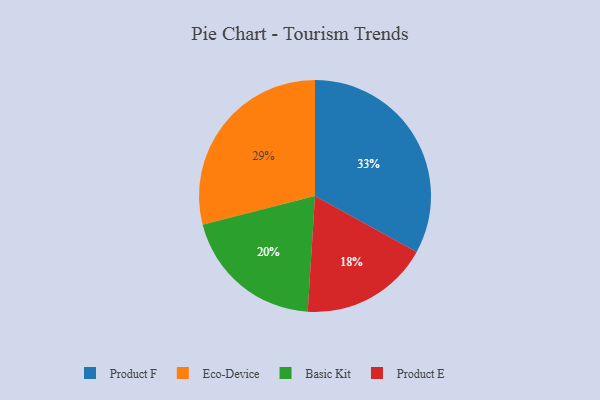
{"axis": {"x": "Category", "y": "Percentage"}, "legend": ["Basic Kit", "Eco-Device", "Product E", "Product F"], "data": [{"x": "Product F", "y": 33, "type": "Product F"}, {"x": "Product E", "y": 18, "type": "Product E"}, {"x": "Eco-Device", "y": 29, "type": "Eco-Device"}, {"x": "Basic Kit", "y": 20, "type": "Basic Kit"}]}